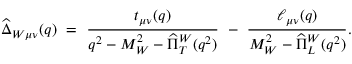
\widehat { \Delta } _ { W \mu \nu } ( q ) \ = \ \frac { t _ { \mu \nu } ( q ) } { q ^ { 2 } - M _ { W } ^ { 2 } - \widehat { \Pi } _ { T } ^ { W } ( q ^ { 2 } ) } \ - \ \frac { \ell _ { \mu \nu } ( q ) } { M _ { W } ^ { 2 } - \widehat { \Pi } _ { L } ^ { W } ( q ^ { 2 } ) } .